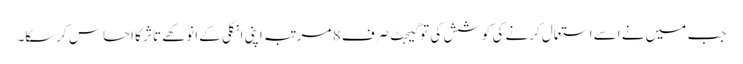
جب میں نے اسے استعمال کرنے کی کوشش کی تو گیجٹ صرف 8 مرتبہ اپنی انگلی کے انوکھے تاثر کا احساس کرسکا۔